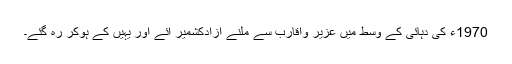
1970ء کی دہائی کے وسط میں عزیر واقارب سے ملنے آزادکشمیر آئے اور یہیں کے ہوکر رہ گئے۔